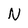
Character: N